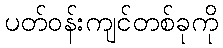
ပတ်ဝန်းကျင်တစ်ခုကို